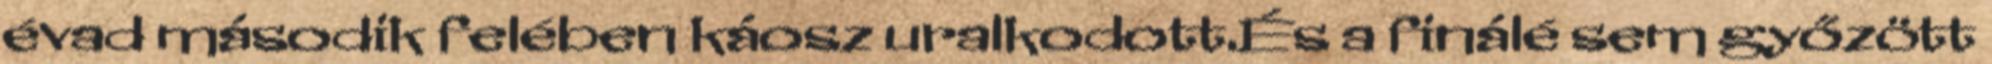
évad második felében káosz uralkodott.És a finálé sem győzött